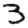
Digit: 3